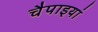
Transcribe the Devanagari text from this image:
चैपाइयां